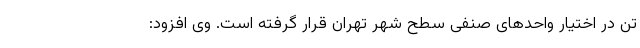
تُن در اختیار واحدهای صنفی سطح شهر تهران قرار گرفته است. وی افزود: